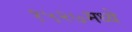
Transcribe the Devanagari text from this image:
१५२७मध्ये